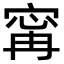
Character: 𡩋